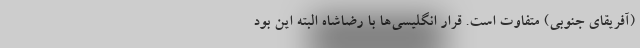
(آفریقای جنوبی) متفاوت است. قرار انگلیسی‌ها با رضاشاه البته این بود